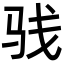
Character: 𩧩